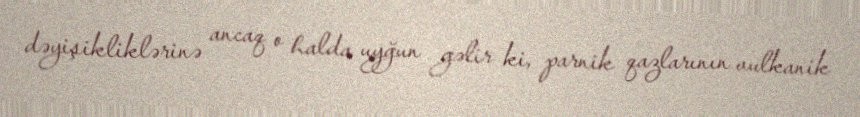
dəyişikliklərinə ancaq o halda uyğun gəlir ki, parnik qazlarının vulkanik